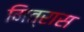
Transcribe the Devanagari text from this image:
मित्रास